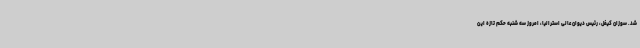
شد. سوزان کیفل، رئیس دیوان عالی استرالیا، امروز سه شنبه حکم تازه این